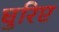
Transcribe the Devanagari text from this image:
घुरिए